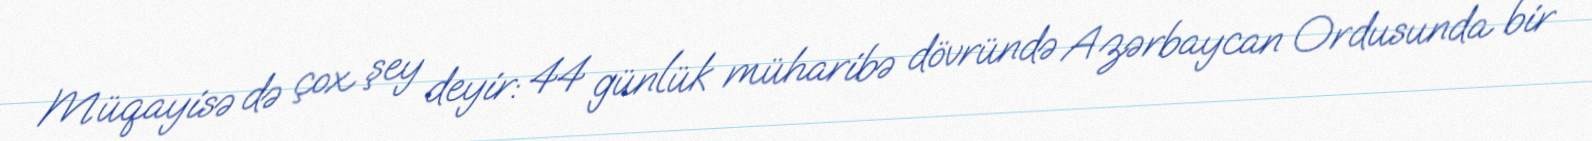
Müqayisə də çox şey deyir: 44 günlük müharibə dövründə Azərbaycan Ordusunda bir